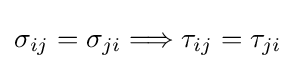
\sigma _{ij}=\sigma _{ji}\Longrightarrow \tau _{ij}=\tau _{ji}